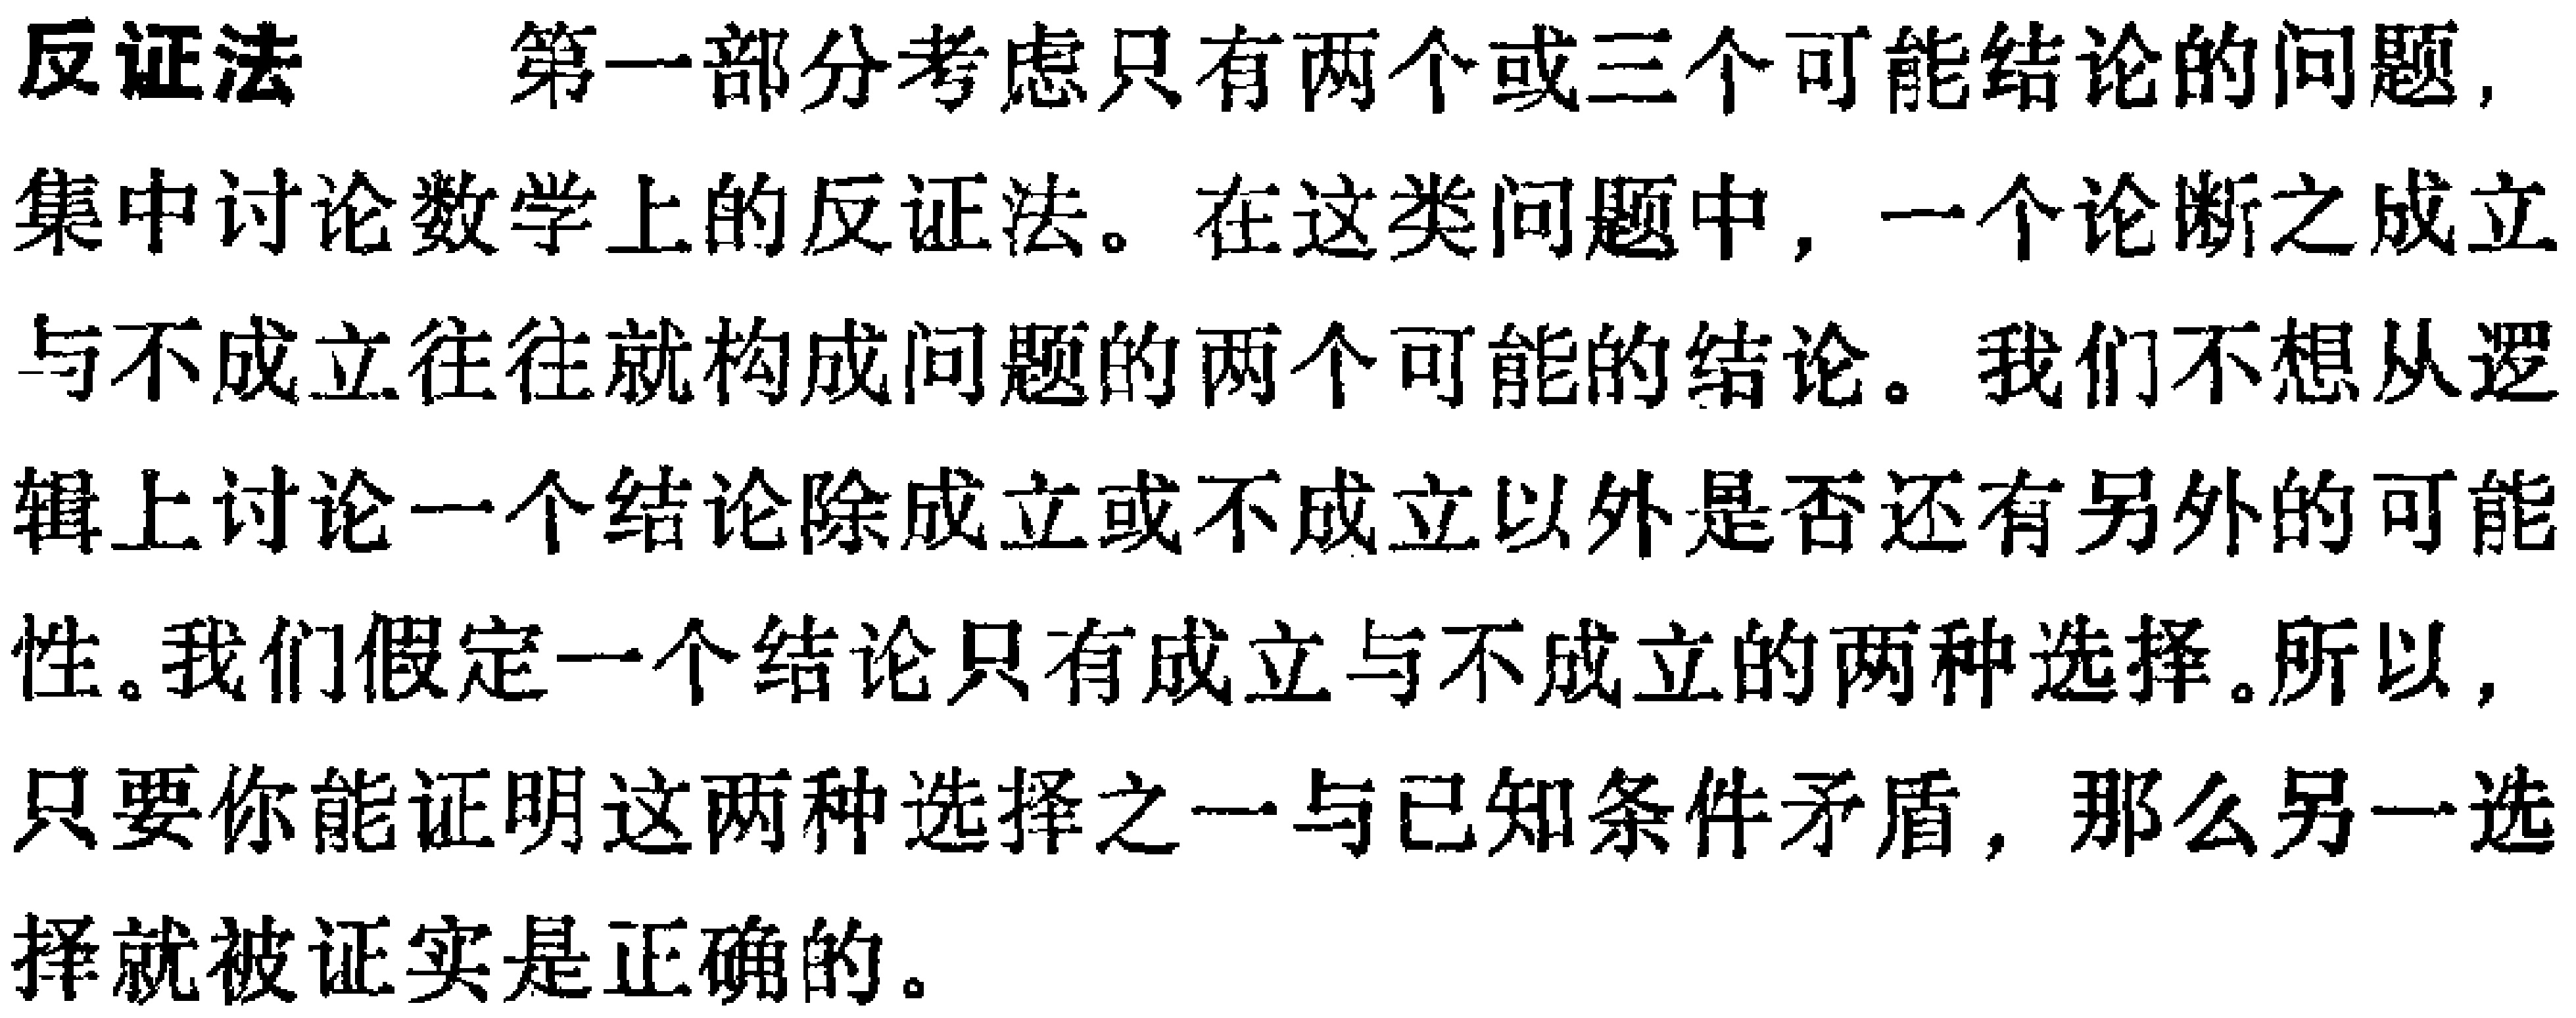
反证法 第一部分考虑只有两个或三个可能结论的问题, 集中讨论数学上的反证法。在这类问题中, 一个论断之成立与不成立往往就构成问题的两个可能的结论。我们不想从逻辑上讨论一个结论除成立或不成立以外是否还有另外的可能性。我们假定一个结论只有成立与不成立的两种选择。所以, 只要你能证明这两种选择之一与已知条件矛盾, 那么另一选择就被证实是正确的。